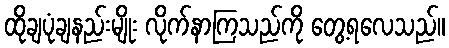
ထိုချပုံချနည်းမျိုး လိုက်နာကြသည်ကို တွေ့ရလေသည်။